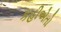
કહીએતો